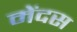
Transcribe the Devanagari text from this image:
मेंदस